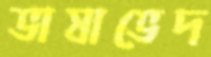
ভাষাভেদ